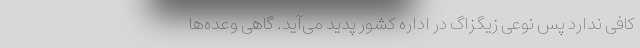
کافی ندارد پس نوعی زیگزاگ در اداره کشور پدید می‌آید. گاهی وعده‌ها